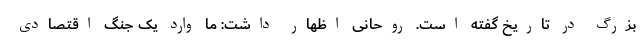
بزرگ در تاریخ گفته است. روحانی اظهار داشت: ما وارد یک جنگ اقتصادی